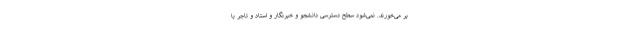
بر می‌خورند. نمی‌شود سطح دسترسی دانشجو و خبرنگار و استاد و تاجر با